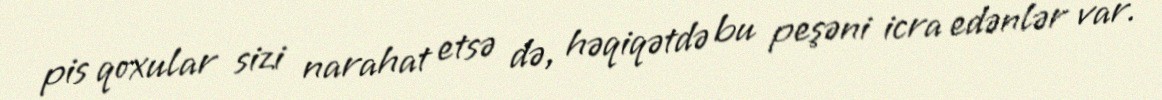
pis qoxular sizi narahat etsə də, həqiqətdə bu peşəni icra edənlər var.